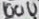
Text: 100U